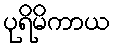
ပုရိမိကာယ